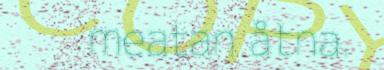
meatan åtna.